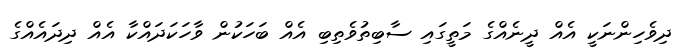
ދިވެހިންނަކީ އެއް ދީނެއްގެ މަތީގައި ސާބިތުވެތިބި އެއް ބަހަކުން ވާހަކަދައްކާ އެއް ދިދައެއްގެ